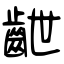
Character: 齛